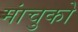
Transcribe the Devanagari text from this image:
मांचुको